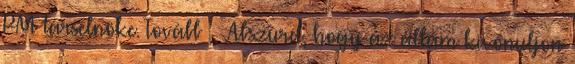
PM társelnöke. Tovább › ›Abszurd, hogy az állam kivonuljon